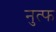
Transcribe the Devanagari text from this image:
नुत्फ